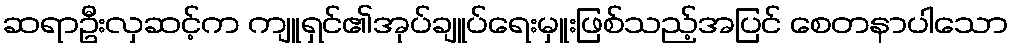
ဆရာဦးလှဆင့်က ကျူရှင်၏အုပ်ချူပ်ရေးမှူးဖြစ်သည့်အပြင် စေတနာပါသော